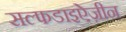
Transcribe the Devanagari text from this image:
सल्फडाइऐज़ीन